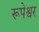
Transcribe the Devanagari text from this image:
रूपेश्वर